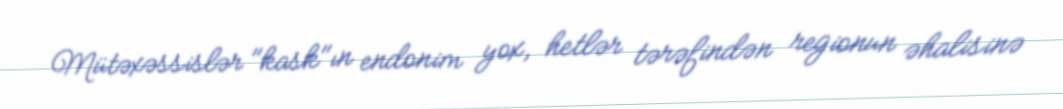
Mütəxəssislər "kask"ın endonim yox, hetlər tərəfindən regionun əhalisinə